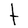
Character: t